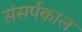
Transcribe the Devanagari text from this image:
संसर्पकाल